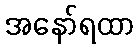
အနော်ရထာ